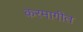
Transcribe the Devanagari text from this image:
करमागीत